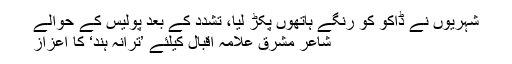
شہریوں نے ڈاکو کو رنگے ہاتھوں پکڑ لیا، تشدد کے بعد پولیس کے حوالے
شاعر مشرق علامہ اقبال کیلئے ’ترانہ ہند‘ کا اعزاز